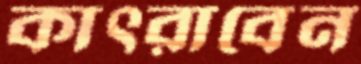
কাৎরাবেন